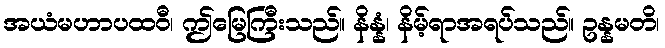
အယံမဟာပထဝီ၊ ဤမြေကြီးသည်။ နိန္နံ၊ နိမ့်ရာအရပ်သည်။ ဥန္နမတိ၊